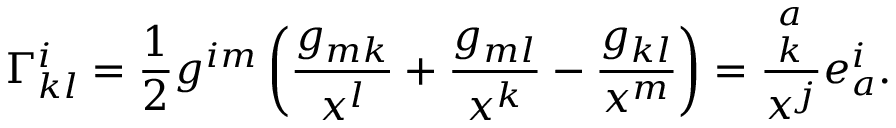
\Gamma _ { k l } ^ { i } = \frac { 1 } { 2 } g ^ { i m } \left( \frac { \d g _ { m k } } { \d x ^ { l } } + \frac { \d g _ { m l } } { \d x ^ { k } } - \frac { \d g _ { k l } } { \d x ^ { m } } \right) = \frac { \d e _ { k } ^ { a } } { \d x ^ { j } } e _ { a } ^ { i } .